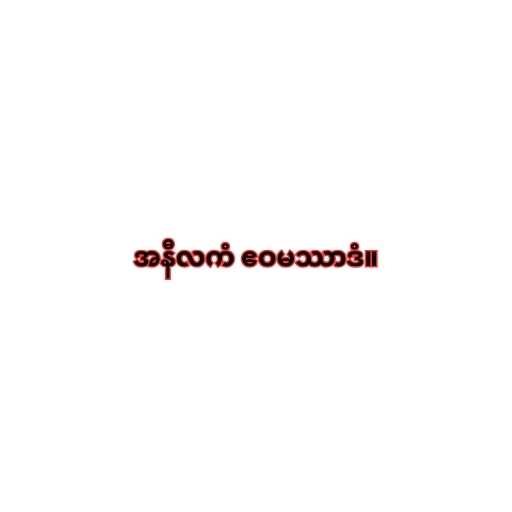
အနီလကံ ဧဝမဿာဒံ။